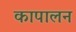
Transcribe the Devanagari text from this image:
कापालन